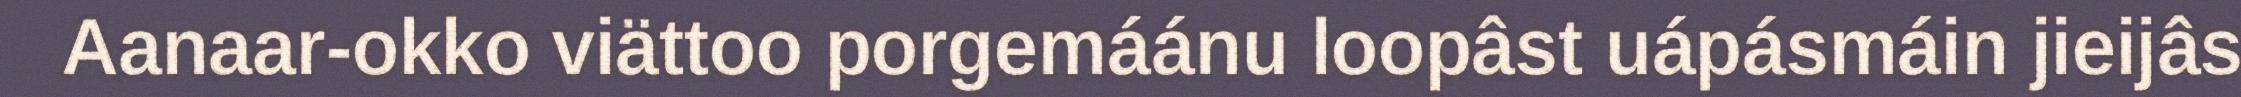
Aanaar-okko viättoo porgemáánu loopâst uápásmáin jieijâs